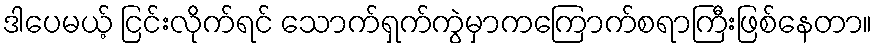
ဒါပေမယ့် ငြင်းလိုက်ရင် သောက်ရှက်ကွဲမှာကကြောက်စရာကြီးဖြစ်နေတာ။